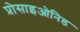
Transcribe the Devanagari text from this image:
प्रोसाइओनिड